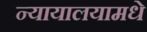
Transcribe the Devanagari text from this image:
न्यायालयामधे